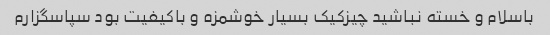
باسلام و خسته نباشید چیزکیک بسیار خوشمزه و باکیفیت بود سپاسگزارم